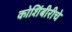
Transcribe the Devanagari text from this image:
कोशिंबीरीचे